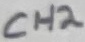
Text: CH2